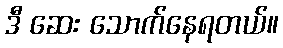
ဒီ ဆေး သောက်နေရတယ်။